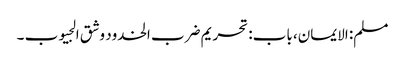
مسلم: الایمان، باب: تحریم ضرب الخدود وشق الجیوب ۔